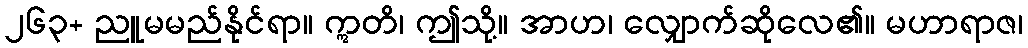
၂၆၃+ ညူမမည်နိုင်ရာ။ ဣတိ၊ ဤသို့။ အာဟ၊ လျှောက်ဆိုလေ၏။ မဟာရာဇ၊